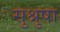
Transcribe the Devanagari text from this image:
सुश्रुषा